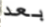
بعد